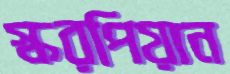
স্করপিয়ান